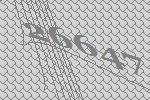
26647